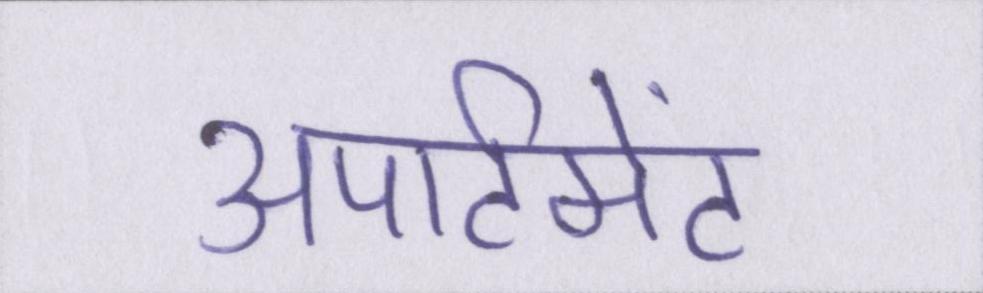
अपार्टमेंट